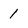
Character: 1